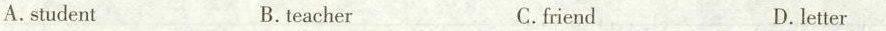
A.student B.teacher C.friend D.letter